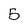
Character: 5